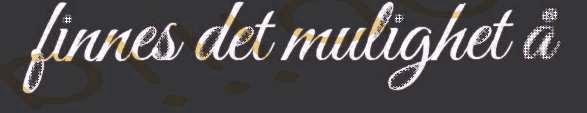
finnes det mulighet å